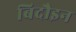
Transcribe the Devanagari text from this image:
बिदौइन